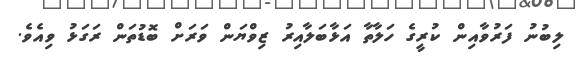
ލިބުނު ފަރުވާއިން ކުރީގެ ހަލާތާ އަޅާބަލާއިރު ޒިވްޔަން ވަރަށް ބޮޑުތަން ރަގަޅު ވިއެވެ.